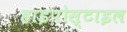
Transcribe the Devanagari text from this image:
हाइपोस्टाइल